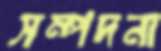
সম্পদনা